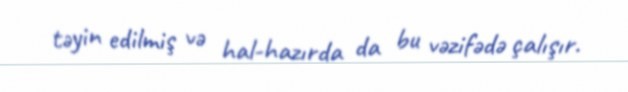
təyin edilmiş və hal-hazırda da bu vəzifədə çalışır.